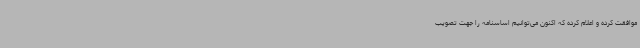
موافقت کرده و اعلام کرده که اکنون می‌توانیم اساسنامه را جهت تصویب